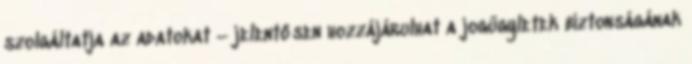
szolgáltatja az adatokat – jelentősen hozzájárulhat a jogügyletek biztonságának